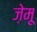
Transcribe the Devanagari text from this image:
ज़ेमू